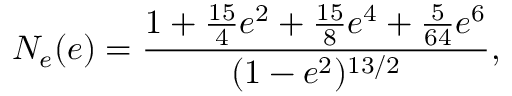
N _ { e } ( e ) = \frac { 1 + \frac { 1 5 } { 4 } e ^ { 2 } + \frac { 1 5 } { 8 } e ^ { 4 } + \frac { 5 } { 6 4 } e ^ { 6 } } { ( 1 - e ^ { 2 } ) ^ { 1 3 / 2 } } ,